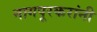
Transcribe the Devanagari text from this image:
नागपूरकरांनी